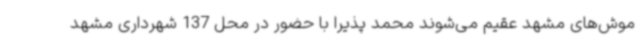
موش‌های مشهد عقیم می‌شوند محمد پذیرا با حضور در محل 137 شهرداری مشهد